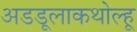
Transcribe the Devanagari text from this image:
अडडूलाकथोल्हू